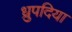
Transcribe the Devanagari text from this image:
ध्रुपदिया